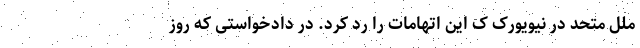
ملل متحد در نیویورک ک این اتهامات را رد کرد. در دادخواستی که روز